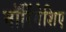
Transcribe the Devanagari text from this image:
मॉरिंगेशिए